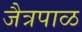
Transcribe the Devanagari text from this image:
जैत्रपाळ